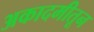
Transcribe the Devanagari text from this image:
अकादमीतून